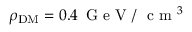
\rho _ { \mathrm { D M } } = 0 . 4 \, \mathrm { ~ G ~ e ~ V ~ / ~ } \mathrm { ~ c ~ m ~ } ^ { 3 }